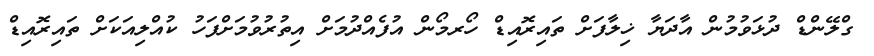
ގްލޭންޑް ދުޅަވުމުން އާދަޔާ ޚިލާފަށް ތައިރޮއިޑް ހޯރމޯން އުފެއްދުމަށް އިތުރުވުމަށްފަހު ކުއްލިއަކަށް ތައިރޮއިޑް